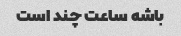
باشه ساعت چند است